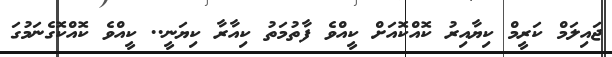
ޖައިލަމް ކަރީމް ކިޔާއިރު ކޮއްކޮއަށް ކީއްވެ ފާތުމަތު ކިއާރާ ކިޔަނީ.. ކީއްވެ ކޮއްކޮގެނަމުގަ